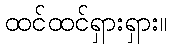
ထင်ထင်ရှားရှား။